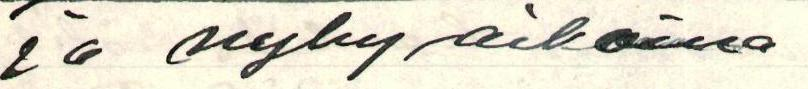
ja nykyaikoina